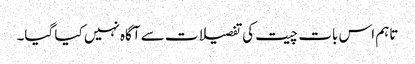
تاہم اس بات چیت کی تفصیلات سے آگاہ نہیں کیا گیا۔